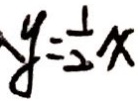
y = \frac { 1 } { 2 } x